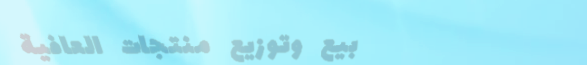
بيع وتوزيع منتجات العافية